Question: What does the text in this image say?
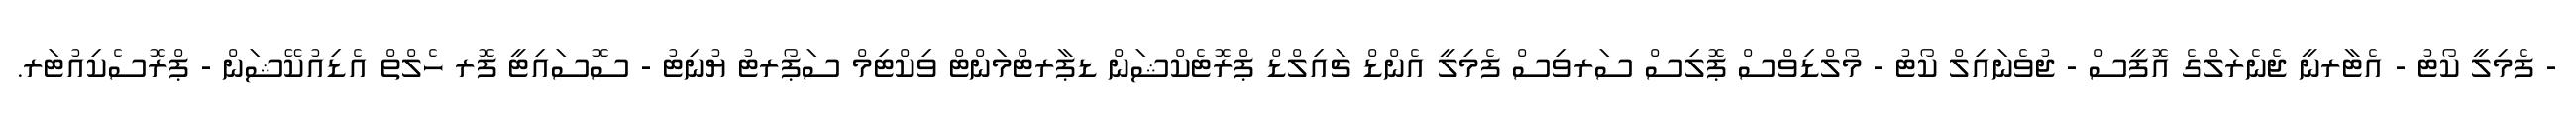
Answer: - ފެމިލީ ކޯޓު - އެޓާރނީ ޖެނެރަލްގެ އޮފީސް - ޖުވެނައިލް ކޯޓު - މޯލްޑިވްސް ޕޮލިސް ސަރވިސް ފެމިލީ އެންޑް ޗައިލްޑް ޕްރޮޓެކްޝަން ޑޕާރޓްމަންޓް ވިކްޓިމް ސަޕޯރޓު ޔުނިޓު - ސޮސައިޓީ ފޮރ ހެލްތް އެޑިއުކޭޝަން - ޕްރޮސެކިއުޓަރ.